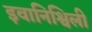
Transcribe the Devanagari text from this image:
इवानिश्विली